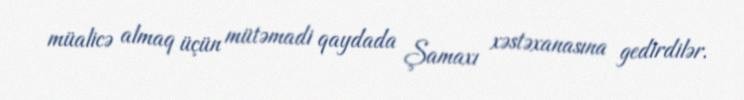
müalicə almaq üçün mütəmadi qaydada Şamaxı xəstəxanasına gedirdilər.